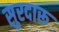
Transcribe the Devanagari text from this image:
सुरदारू